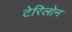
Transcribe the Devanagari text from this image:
टेरिलोन